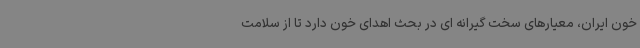
خون ایران، معیارهای سخت گیرانه ای در بحث اهدای خون دارد تا از سلامت